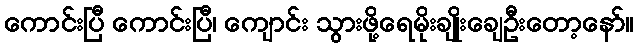
ကောင်းပြီ ကောင်းပြီ၊ ကျောင်း သွားဖို့ရေမိုးချိုးချေဦးတော့နော်။